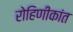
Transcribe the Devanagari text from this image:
रोहिणीकांत